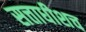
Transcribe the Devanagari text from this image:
सत्ताधीशच